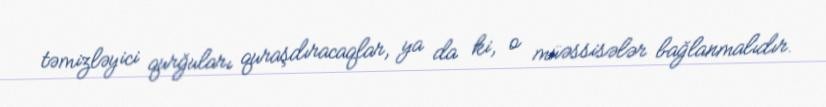
təmizləyici qurğuları quraşdıracaqlar, ya da ki, o müəssisələr bağlanmalıdır.